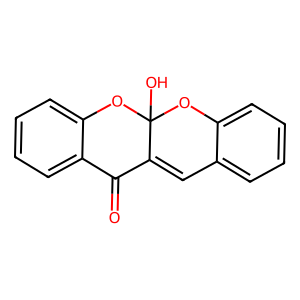
SMILES: O=C1C2=Cc3ccccc3OC2(O)Oc2ccccc21
Inhibits HIV replication: No